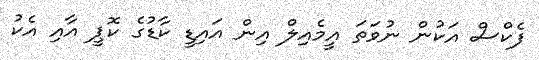
ފެކްސް އަކުން ނުވަތަ އީމެއިލް އިން އައިޑީ ކާޑުގެ ކޮޕީ އާއި އެކު